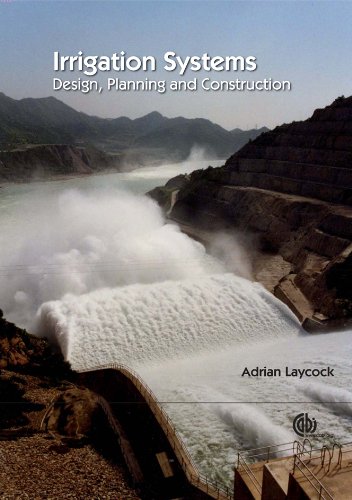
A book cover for Irrigation Systems: Design, Planning and Construction; Adrian Laycock; Science & Math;